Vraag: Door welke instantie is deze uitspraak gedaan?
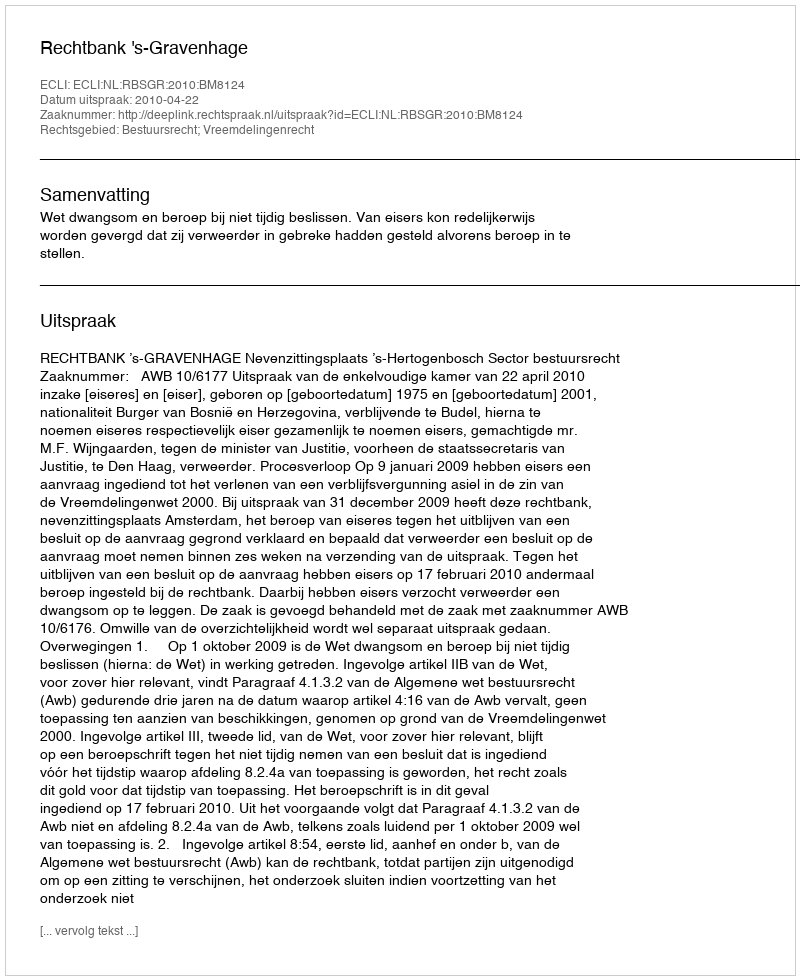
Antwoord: Rechtbank 's-Gravenhage